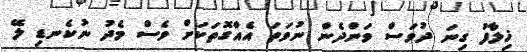
ޚިލާފު ގިނަ ދުވަސް ވަންދެން ނުވަތަ އެއްގޮތަކަށް ވެސް މެދު ނުކެނޑި ލޭ